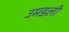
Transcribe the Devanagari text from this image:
उमडली